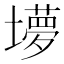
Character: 㙹